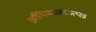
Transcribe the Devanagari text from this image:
अस्थिमज्जाउत्पन्न